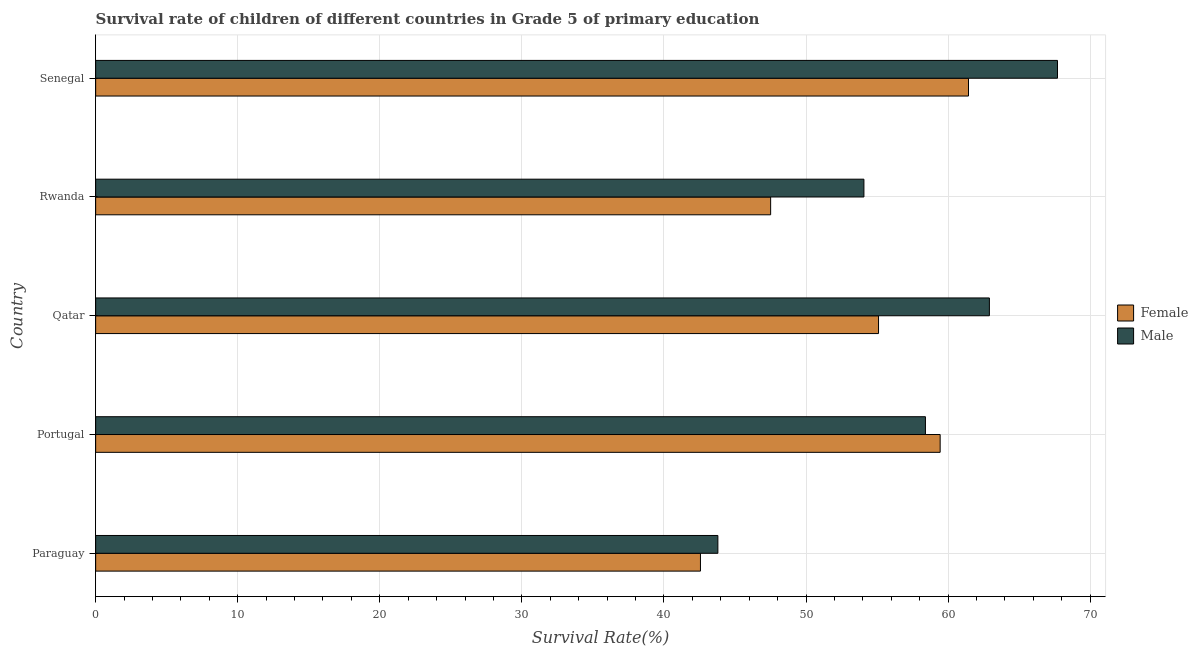
| Country | Female | Male |
 | --- | --- | --- |
 | Paraguay | 42.6 | 43.8 |
 | Portugal | 59.4 | 58.4 |
 | Qatar | 55.1 | 62.9 |
 | Rwanda | 47.5 | 54.1 |
 | Senegal | 61.4 | 67.7 |